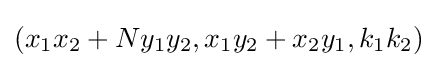
(x_{1}x_{2}+Ny_{1}y_{2},x_{1}y_{2}+x_{2}y_{1},k_{1}k_{2})